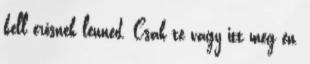
kell erősnek lenned. Csak te vagy itt meg én,